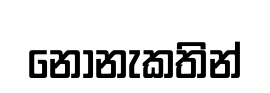
නොනැකතින්